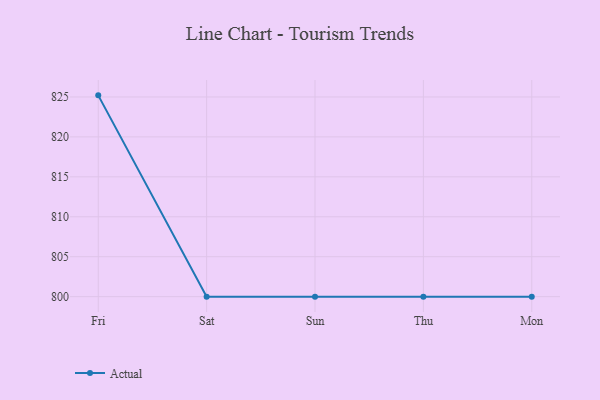
{"axis": {"x": "Day", "y": "Market Share (%)"}, "legend": ["Actual"], "data": [{"x": "Fri", "y": 825.2, "type": "Actual"}, {"x": "Sat", "y": 800, "type": "Actual"}, {"x": "Sun", "y": 800, "type": "Actual"}, {"x": "Thu", "y": 800, "type": "Actual"}, {"x": "Mon", "y": 800, "type": "Actual"}]}